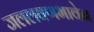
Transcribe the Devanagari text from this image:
जललवणभावेन